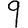
Digit: 9